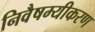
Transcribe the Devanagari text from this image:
निवैषम्यीकरण